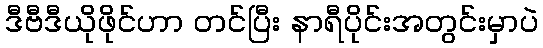
ဒီဗီဒီယိုဖိုင်ဟာ တင်ပြီး နာရီပိုင်းအတွင်းမှာပဲ